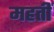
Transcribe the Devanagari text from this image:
महतीं